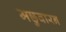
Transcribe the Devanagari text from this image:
मछुवारन